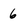
Character: 6